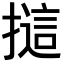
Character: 𢳘